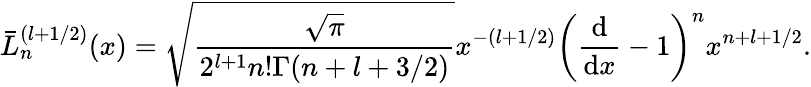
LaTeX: \bar{L}_{n}^{(l+1/2)}(x)=\sqrt{\frac{\sqrt{\pi}}{2^{l+1}n!\Gamma(n+l+3/2)}}x^{-(l+1/2)}\left(\frac{\mathrm{d}}{\mathrm{d}x}-1\right)^{n}x^{n+l+1/2}.